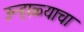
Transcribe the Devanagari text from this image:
उन्हाळ्याचा